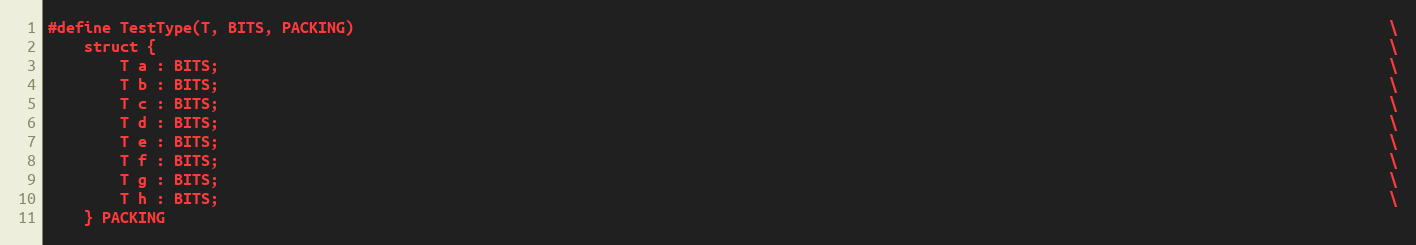
Language: C++
#define TestType(T, BITS, PACKING)                                                                                                                   \
    struct {                                                                                                                                         \
        T a : BITS;                                                                                                                                  \
        T b : BITS;                                                                                                                                  \
        T c : BITS;                                                                                                                                  \
        T d : BITS;                                                                                                                                  \
        T e : BITS;                                                                                                                                  \
        T f : BITS;                                                                                                                                  \
        T g : BITS;                                                                                                                                  \
        T h : BITS;                                                                                                                                  \
    } PACKING